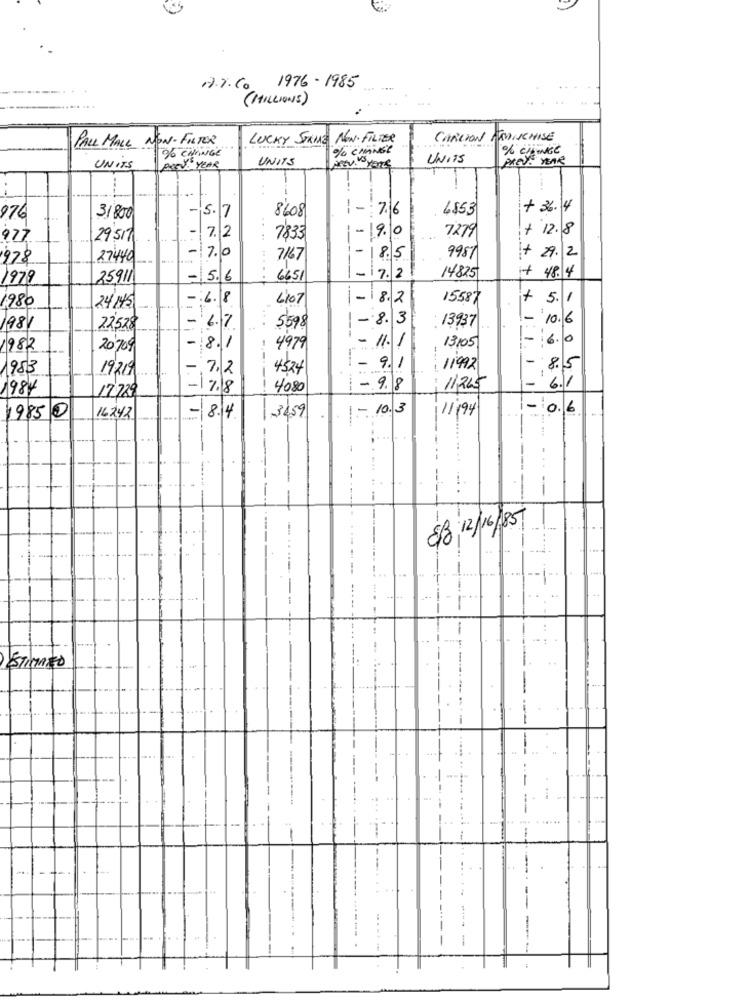
7.7.C. 1976-1985
( MILLIONS)
PALL MALL NON- FILTER
LUCKY STRIKE NON. FILTER
CARCION FSDISCHISE
% CHANGE
% CHANGE
% CIEWIGE
UNITS
UNITS
PREYS YEAR
UNITS
passo Year
jeEv.3 years
-15. 7
8608
-
76
4853
+ 36. 4
976
31800
. .
-
7. 2
1-90
7279
+ 12.8
977
29 517
7833
-7. 0
-
1978
27440
7167
8.5
9987
+ 29. 2
1979
25911
- 5.6
6651
- 17. 2
14825
+ 48.4
1980
-6.18
6107
-18.2
15587
+ 5. 1
24145
-8.3
- 10.6
1981
22528
- 6.7
5598
--
. 13937
8.1
- 11.1
-6.0
1982
20709
4979
13105
-
1953
1921
-.
7.2
4524
- 9.1
11992
----
8.15
-
1984
.17.18
4080
: - 9.8
11,225
17 729
- 8.4
3
- 10.3
11194
-0.6
1985 0
16242
----
8/ 12/16/85
STIMATO
-
-
--
---.... . .
-